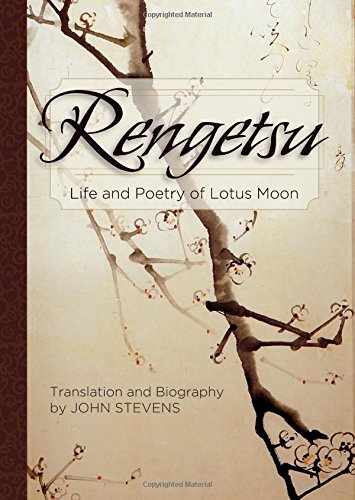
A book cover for Rengetsu: Life and Poetry of Lotus Moon; Otagaki Rengetsu; Literature & Fiction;